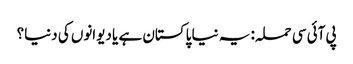
پی آئی سی حملہ: یہ نیا پاکستان ہے یا دیوانوں کی دنیا؟